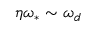
\eta \omega _ { \ast } \sim \omega _ { d }